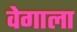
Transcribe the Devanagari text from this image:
वेगाला